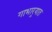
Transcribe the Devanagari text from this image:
गाभार्‍यात